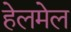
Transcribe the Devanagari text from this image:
हेलमेल